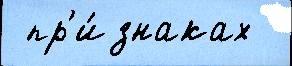
 пр'и́знаках